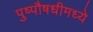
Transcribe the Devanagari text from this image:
पुष्पौषधीमध्ये